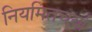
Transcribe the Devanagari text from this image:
नियमितचर्या